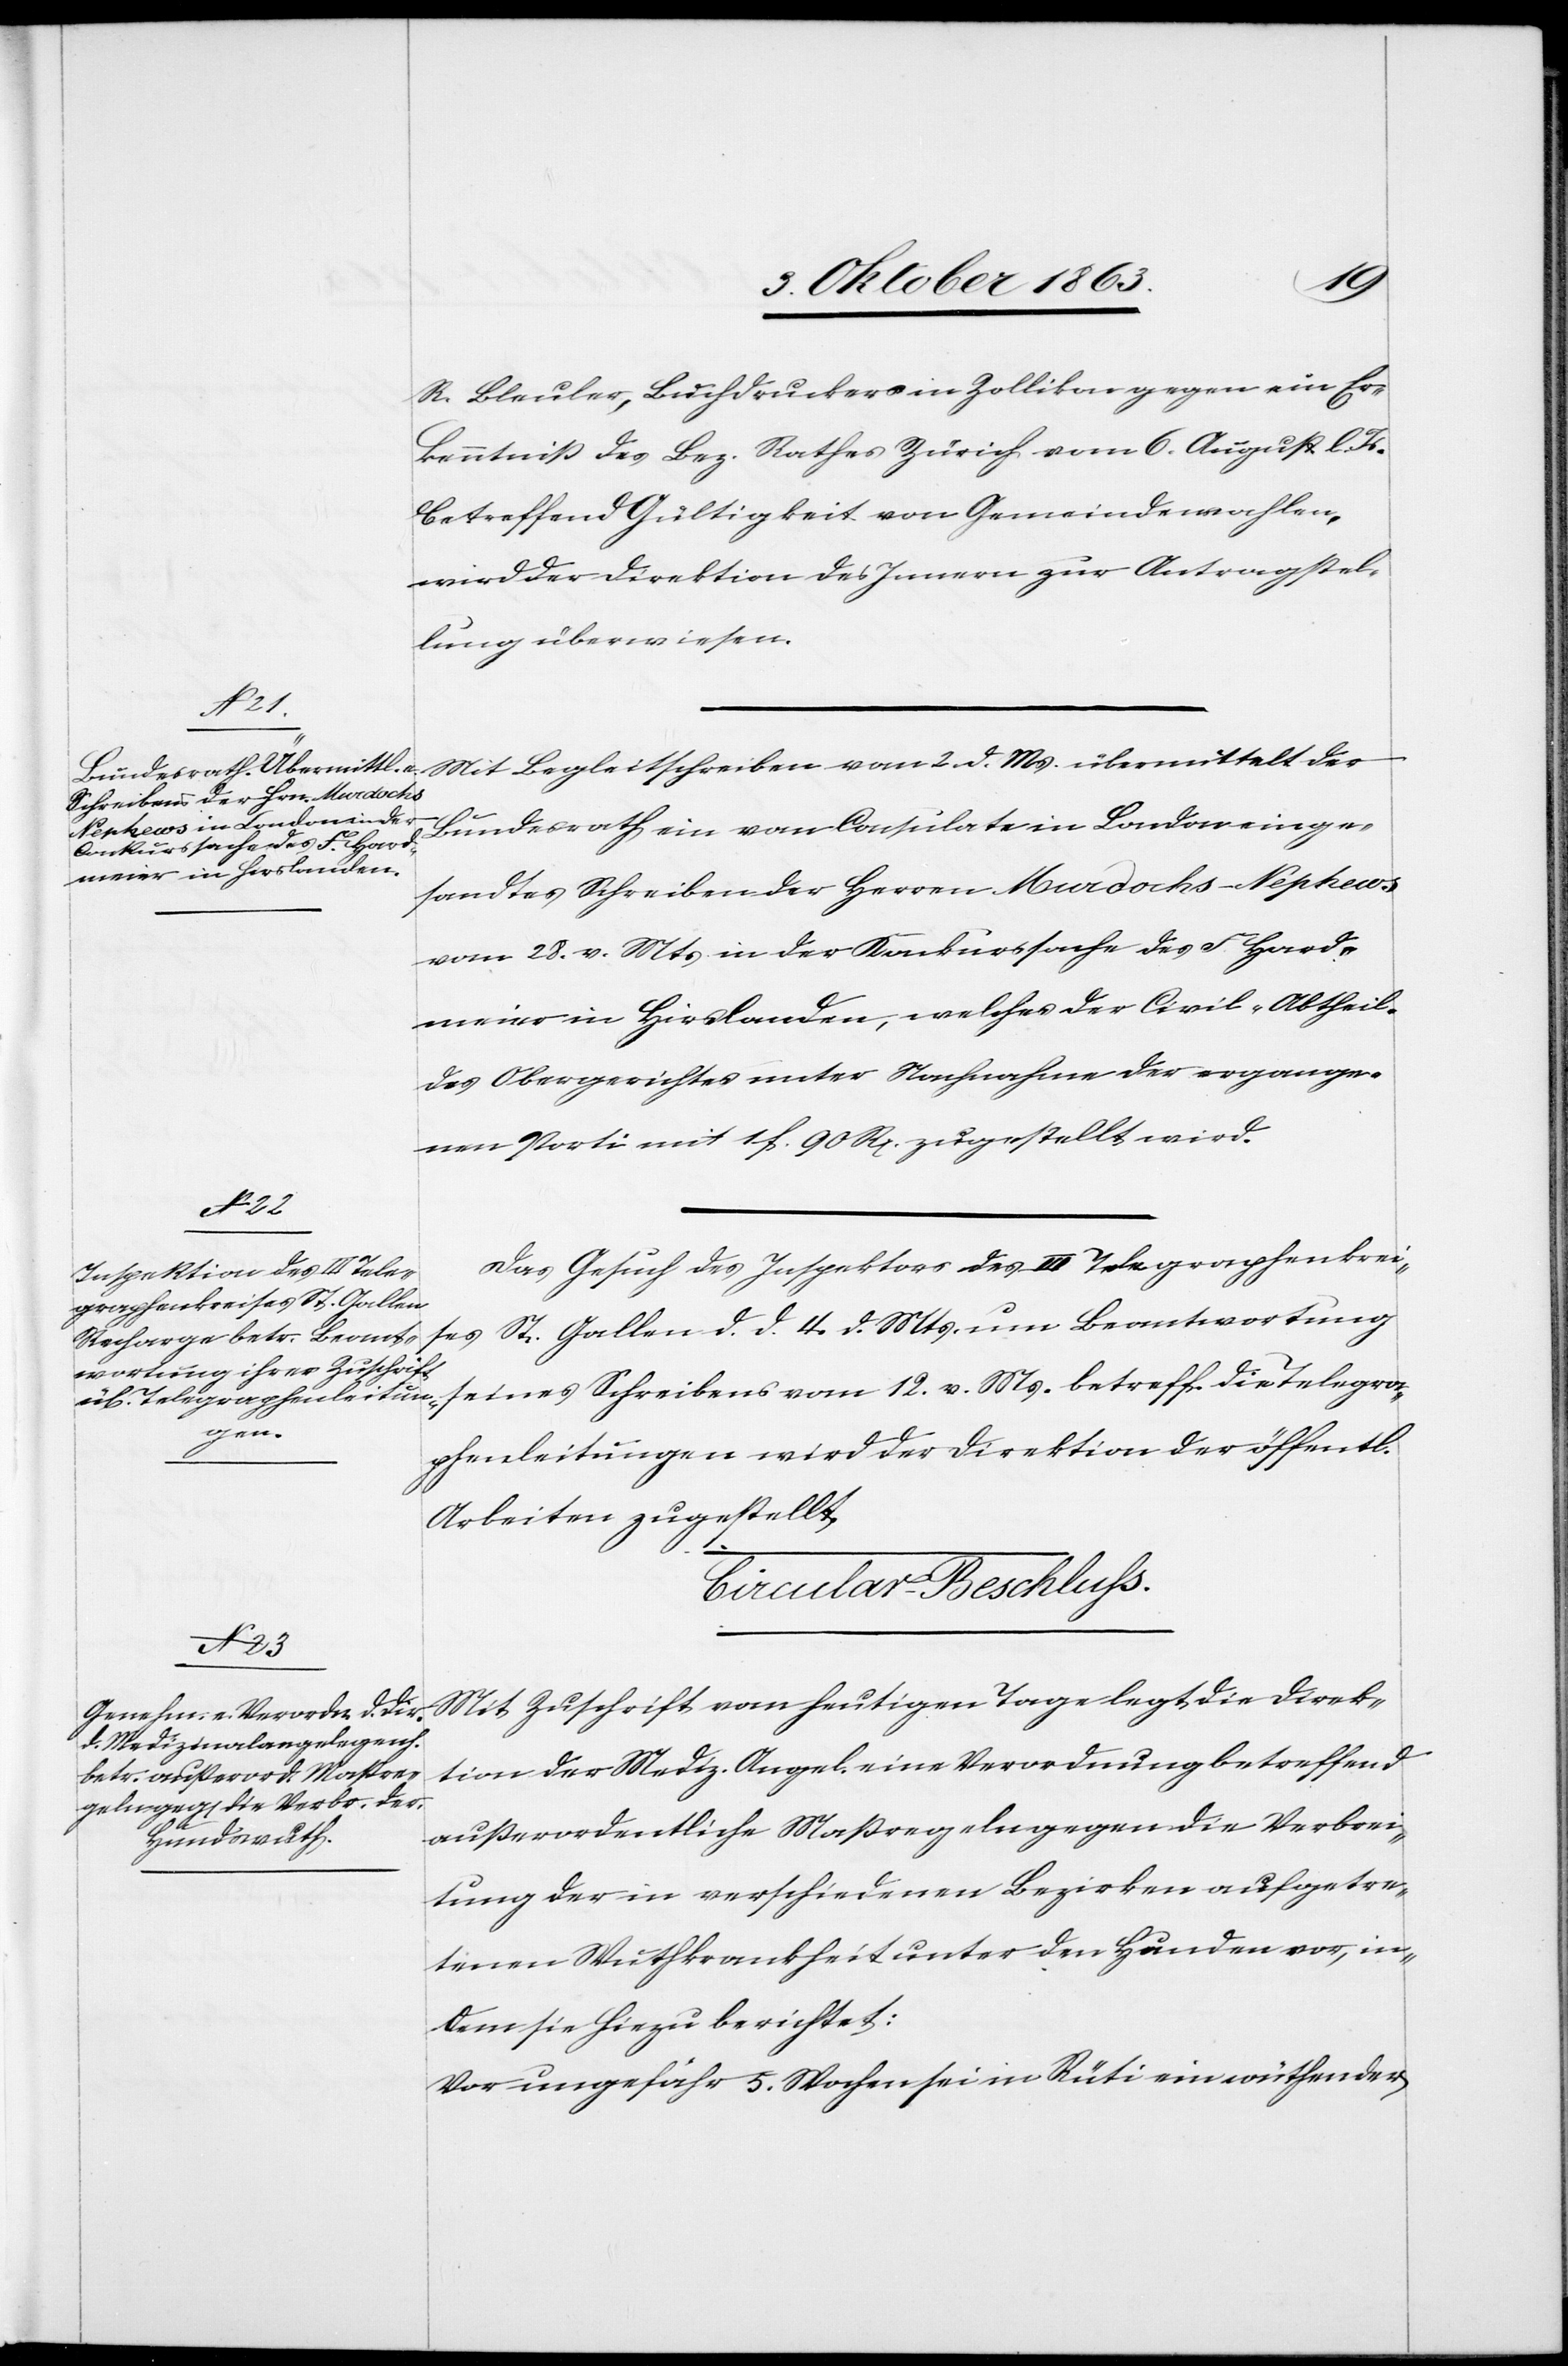
4.
[5. Oktober 1863.]
R. Bleuler, Buchdrucker in Zollikon gegen ein Er¬
kenntniß des Bez. Rathes Zürich vom 6. August l. Js.
betreffend Gültigkeit von Gemeindewahlen,
wird der Direktion des Innern zur Antragstel¬
lung überwiesen.
d.
Bundesrath ein vom Consulate in London einge¬
sandtes Schreiben der Herren Murdochs-Nephews
vom 28. v. Mts. in der Konkurssache des F. Hard¬
meier in Hirslanden, welches der Civil-Abtheil.
des Obergerichtes unter Nachnahme der ergange¬
nen Porti mit 1 f. 90 Rp. zugestellt wird.
Das Gesuch des Inspektors des III Telegraphenkreises
seines Schreibens vom 12. v. Ms. betreff. die Telegra¬
Gallen
phenleitungen wird der Direktion der öffentl.
Arbeiten zugestellt.
Circular-Beschluss.
Mit Zuschrift vom heutigen Tage legt die Direk¬
tion der Mediz. Angel. eine Verordnung betreffend
Mts.
d.
außerordentliche Maßregeln gegen die Verbrei¬
tung der in verschiedenen Bezirken aufgetre¬
tenen Wuthkrankheit unter den Hunden vor, in¬
dem sie hiezu berichtet:
Vor ungefähr 5. Wochen sei in Rüti ein wüthender